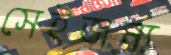
সেইজন্য